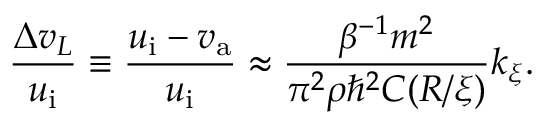
\frac { \Delta v _ { L } } { u _ { \mathrm { i } } } \equiv \frac { u _ { \mathrm { i } } - v _ { \mathrm { a } } } { u _ { \mathrm { i } } } \approx \frac { \beta ^ { - 1 } m ^ { 2 } } { \pi ^ { 2 } \rho \hbar ^ { 2 } C ( R / \xi ) } k _ { \xi } .